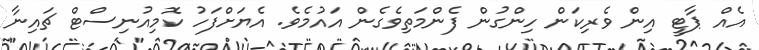
އެއް ޕާޓީ އިން ވެރިކަން ހިންގުން ފެންމަތިވެގެން އައުމެވެ. އެޔަށްފަހު ކޮމިއުނިސްޓް ޗައިނާ